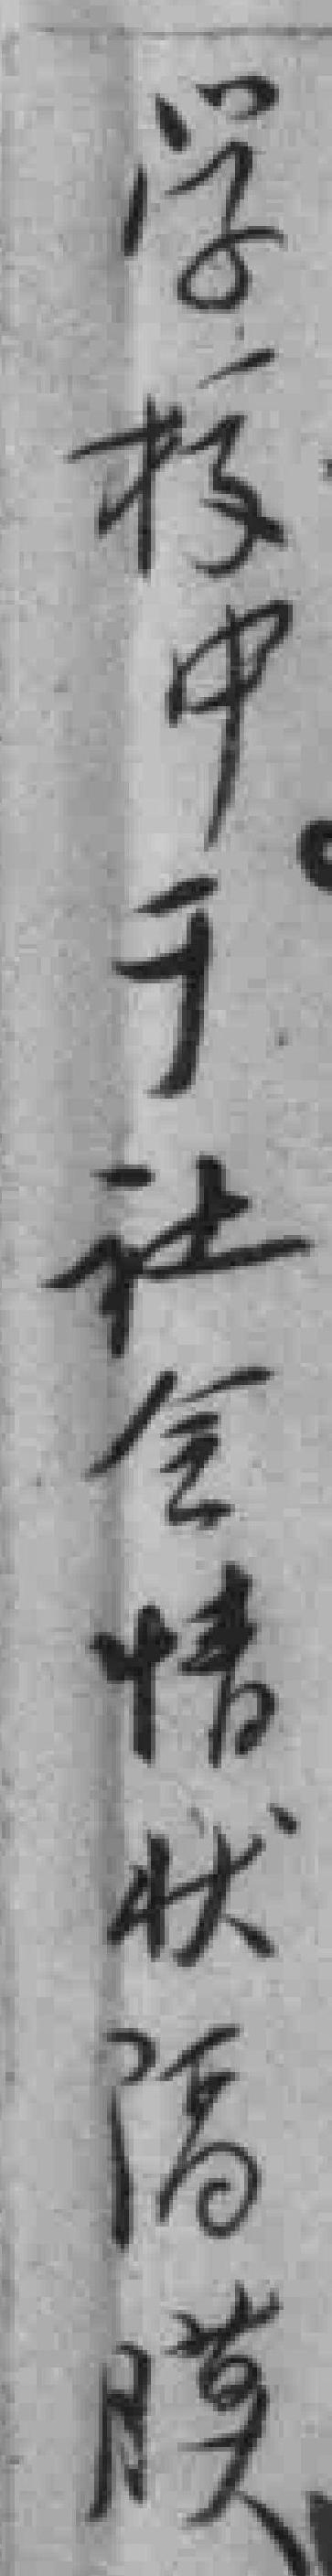
学校中于社会情状隔膜